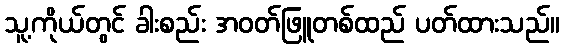
သူ့ကိုယ်တွင် ခါးစည်း အဝတ်ဖြူတစ်ထည် ပတ်ထားသည်။